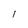
Character: l